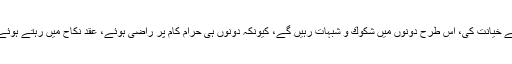
اور وہ آپ پر كيسے اعتماد كريگا كيونكہ آپ نے بھى تو پہلے خاوند سے خيانت كى، اس طرح دونوں ميں شكوك و شبہات رہيں گے، كيونكہ دونوں ہى حرام كام پر راضى ہوئے، عقد نكاح ميں رہتے ہوئے حرام تعلقات قائم كيے كون ضمانت دےگا كہ دوبارہ ايسے نہيں ہوگا ؟